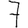
Digit: 7